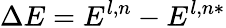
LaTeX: \Delta E=E^{l,n}-E^{l,n\ast}